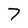
Character: 7